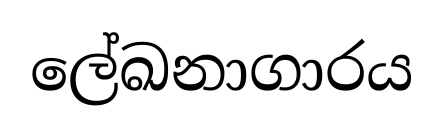
ලේඛනාගාරය